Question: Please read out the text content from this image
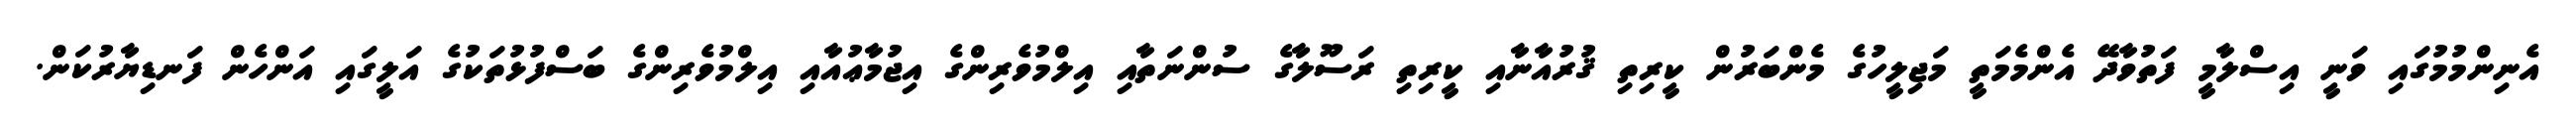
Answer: އެނިންމުމުގައި ވަނީ އިސްލާމީ ފަތުވާދޭ އެންމެމަތީ މަޖިލީހުގެ މެންބަރުން ކީރިތި ޤުރުއާނާއި ކީރިތި ރަސޫލާގެ ސުންނަތާއި އިލްމުވެރިންގެ އިޖުމާޢުއާއި އިލްމުވެރިންގެ ބަސްފުޅުތަކުގެ އަލީގައި އަންހެން ފަނޑިޔާރުކަން.